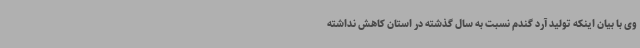
وی با بیان اینکه تولید آرد گندم نسبت به سال گذشته در استان کاهش نداشته